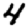
Digit: 4